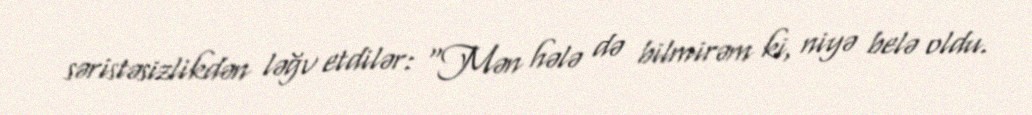
səristəsizlikdən ləğv etdilər: “Mən hələ də bilmirəm ki, niyə belə oldu.